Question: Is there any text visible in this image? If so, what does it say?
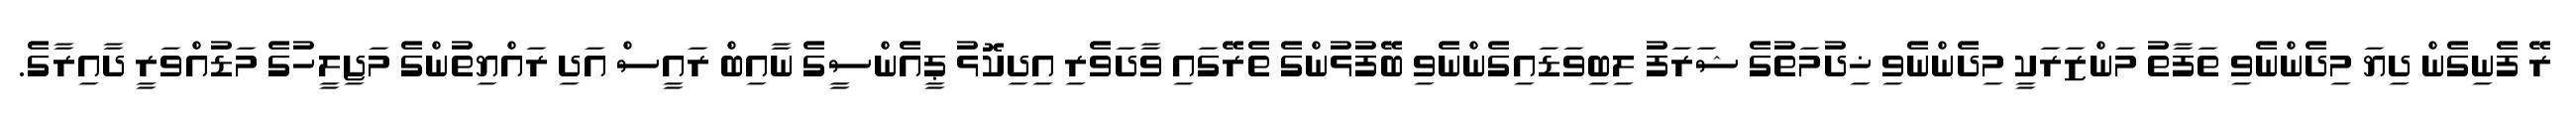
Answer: ރޭ ފެނިގެން ދިޔަ މިދެންނެވި ތަފާތު މަންޒަރަކީ މިދެންނެވި ޚިދުމަތުގެ ޝަރަފު ލިބިވަޑައިގެންނެވި ބޭފުޅުންގެ ތެރޭގައި ވާދަވެރި އިދިކޮޅު ޕީއެންސީގެ ނާއިބް ރައީސް އަދި ރައްޔިތުންގެ މަޖިލީހުގެ މަޑުއްވަރީ ދާއިރާގެ.